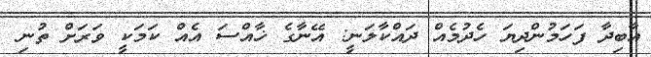
އާބިދާ ފަހަމުންދިޔަ ހެދުމެއް ދައްކާލަނީ: އޭނާގެ ޚާއްސަ އެއް ކަމަކީ ވަރަށް ތުނި